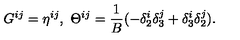
G ^ { i j } = \eta ^ { i j } , \ \Theta ^ { i j } = \frac { 1 } { B } ( - \delta _ { 2 } ^ { i } \delta _ { 3 } ^ { j } + \delta _ { 3 } ^ { i } \delta _ { 2 } ^ { j } ) .